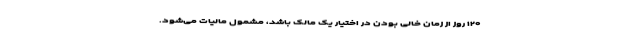
۱۲۰ روز از زمان خالی بودن در اختیار یک مالک باشد، مشمول مالیات می‌شود.